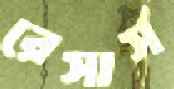
রেসার্স